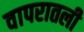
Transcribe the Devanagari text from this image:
वापरातली